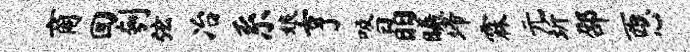
商回刳弦冶系娘亨吸晶曦埽霖元圻邵西心